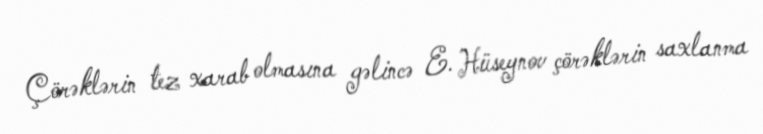
Çörəklərin tez xarab olmasına gəlincə E. Hüseynov çörəklərin saxlanma